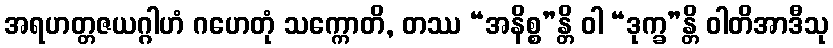
အရဟတ္တဇယဂ္ဂါဟံ ဂဟေတုံ သက္ကောတိ, တဿ “အနိစ္စ”န္တိ ဝါ “ဒုက္ခ”န္တိ ဝါတိအာဒီသု